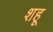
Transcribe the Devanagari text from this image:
शहू